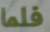
فلما